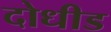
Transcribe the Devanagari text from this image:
दोधीड